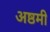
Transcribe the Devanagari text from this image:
अष्ठमी